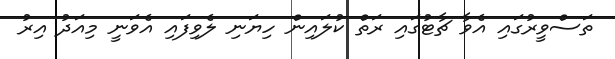
ތަސްވީރުގައި އެވާ ޗާޓުގައި ރަތް ކުލައިން ހިޔަނި ލެވިފައި އެވަނީ މިއަދު އިރު